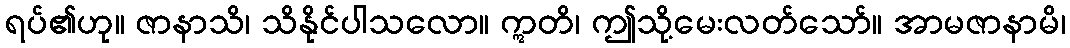
ရပ်၏ဟု။ ဇာနာသိ၊ သိနိုင်ပါသလော။ ဣတိ၊ ဤသို့မေးလတ်သော်။ အာမဇာနာမိ၊